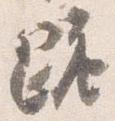
跪